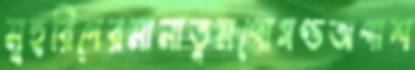
মুহরিদেরমানাতুমপোগণ্ডঅপাশ